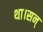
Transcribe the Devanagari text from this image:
था।सन्